system: You are a helpful assistant.
user:
Analyze the provided spectrum to determine if it is a **Carbon Star (C-type)**.

- **Key Visual Indicators of Carbon Star:**
    - **(Primary):** Strong molecular absorption from **C₂ (diatomic carbon) "Swan Bands."** This is the **defining feature** of a carbon star.
        - **(Key Bandheads):** Sharp absorption edges are visible at approximately $5635$ Å, $5165$ Å (the strongest band), and $4737$ Å.
        - **(Line Profile):** Creates a distinct **"saw-tooth"** pattern. The key morphology is a sharp, steep bandhead on the **red (long-wavelength) side**, which then gradually tapers off (i.e., flux recovers) towards the **blue (short-wavelength) side**. *(This is the direct opposite of the TiO bands seen in M-type stars)*.

    - **(Secondary):** Intense **CN (cyanogen)** molecular absorption bands.
        - **(Key Bandheads):** Located in the blue and violet regions of the spectrum (e.g., near $4215$ Å and $3883$ Å).
        - **(Morphology):** These bands are extremely broad and act as a "blanket," absorbing the vast majority of blue and violet light. This creates a characteristic **"cliff"** or **"steep drop-off"** in the spectrum's flux at short wavelengths.

    - **(Key Confirmation):** Strong **CH absorption band (G-band)**.
        - **(Key Bandhead):** Located around $4300$ Å. The contribution from CH molecules to this band is exceptionally strong.

    - **(Overall Spectrum):**
        - The continuum is severely "chopped up" by these deep molecular bands, especially C₂, rather than appearing as a smooth curve.
        - Due to the heavy CN and C₂ absorption in the blue-green, the vast majority of the star's flux is concentrated in the red part of the spectrum, giving the star its characteristic deep red color.

Think first, call **spectral_visualization_tool** if needed to examine features in detail, then provide your final answer. Your response must adhere to the following strict rules:
1.  **Overall Structure:** Your response must follow the format `<think>...</think> <tool_call>...</tool_call> (if a tool is used) <answer>...</answer>`.
2.  **Tool Usage Constraint:** You may only make **one** tool call per turn.
3.  **Final Answer Format:** In the `<answer>` tag, your conclusion must be inside a `\boxed{}` command (e.g., `\boxed{YES}`), followed by your justification.

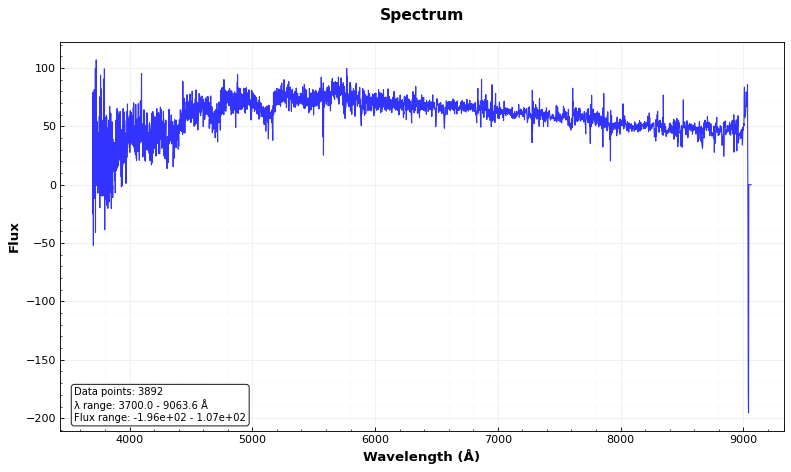
Answer: YES